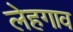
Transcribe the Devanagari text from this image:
लेहगाव